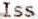
ISS